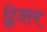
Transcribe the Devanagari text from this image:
द्विजस्य